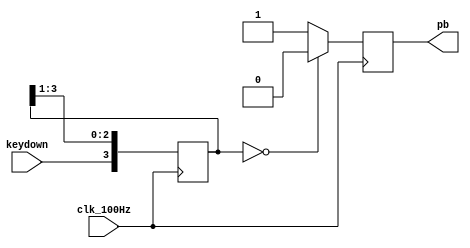
`timescale 1ns / 1ps
//////////////////////////////////////////////////////////////////////////////////
// Company: 
// Engineer: 
// 
// Design Name: 
// Module Name:    debounce 
// Project Name: 
// Target Devices: 
// Tool versions: 
// Description: 
//
// Dependencies: 
//
// Revision: 
// Revision 0.01 - File Created
// Additional Comments: 
//
//////////////////////////////////////////////////////////////////////////////////
module debounce(
    output reg pb,
    input keydown,
    input clk_100Hz
    );
	 
    reg [3:0] shift_pb;

    always @( posedge clk_100Hz ) begin
        shift_pb[2:0] <= shift_pb[3:1];
        shift_pb[3] <= keydown;
        if ( shift_pb == 4'b0_000 )
            pb <= 1'b0;
        else
            pb <= 1'b1;
    end
	
endmodule